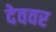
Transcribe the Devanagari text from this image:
देववर